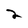
Character: 2